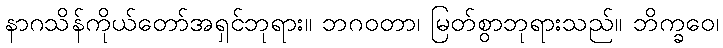
နာဂသိန်ကိုယ်တော်အရှင်ဘုရား။ ဘဂဝတာ၊ မြတ်စွာဘုရားသည်။ ဘိက္ခဝေ၊